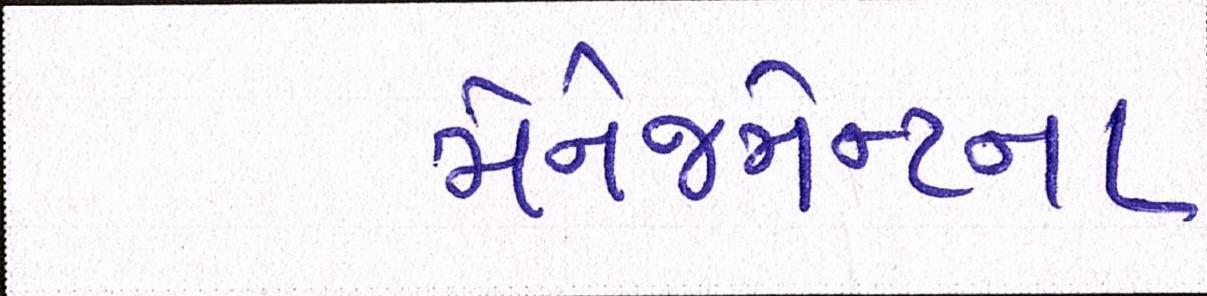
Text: મેનેજમેન્ટના